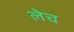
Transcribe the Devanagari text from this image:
लेच